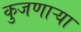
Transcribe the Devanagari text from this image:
कुजणाऱ्या